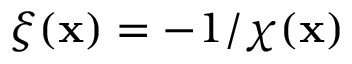
\xi ( \mathbf { x } ) = - 1 / \chi ( \mathbf { x } )